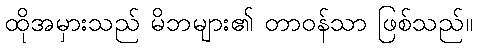
ထိုအမှားသည် မိဘများ၏ တာဝန်သာ ဖြစ်သည်။